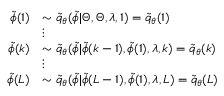
\begin{array} { r l } { \tilde { \phi } ( 1 ) } & { \sim \tilde { q } _ { \theta } ( \tilde { \phi } | \Theta , \Theta , \lambda , 1 ) = \tilde { q } _ { \theta } ( 1 ) } \\ & { \vdots } \\ { \tilde { \phi } ( k ) } & { \sim \tilde { q } _ { \theta } ( \tilde { \phi } | \tilde { \phi } ( k - 1 ) , \tilde { \phi } ( 1 ) , \lambda , k ) = \tilde { q } _ { \theta } ( k ) } \\ & { \vdots } \\ { \tilde { \phi } ( L ) } & { \sim \tilde { q } _ { \theta } ( \tilde { \phi } | \tilde { \phi } ( L - 1 ) , \tilde { \phi } ( 1 ) , \lambda , L ) = \tilde { q } _ { \theta } ( L ) } \end{array}